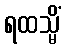
ရထသ္မိံ